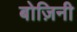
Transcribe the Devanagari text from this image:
बोज़िनी